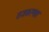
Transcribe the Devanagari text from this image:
राजकरणात